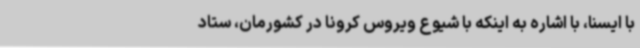
با ایسنا، با اشاره به اینکه با شیوع ویروس کرونا در کشورمان، ستاد